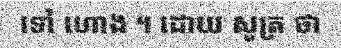
ទៅ ហោង ។ ដោយ សូត្រ ថា